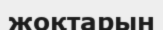
жоқтарын